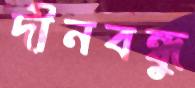
দীনবন্ধু